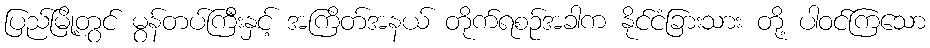
ပြည်မြို့တွင် မွန်တပ်ကြီးနှင့် အကြိတ်အနယ် တိုက်ရစဉ်အခါက နိုင်ငံခြားသား တို့ ပါဝင်ကြသော